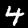
Label: 4